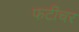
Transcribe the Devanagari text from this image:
फटीचर